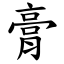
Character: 膏